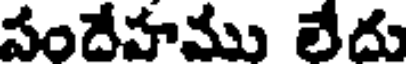
సందేహము లేదు